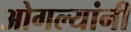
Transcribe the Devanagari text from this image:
ओगल्यांनी